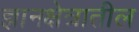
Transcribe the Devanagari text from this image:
ज्ञानक्षेत्रातील